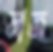
ডাজ